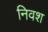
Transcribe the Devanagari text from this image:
निवश